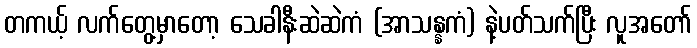
တကယ့် လက်တွေ့မှာတော့ သေခါနီးဆဲဆဲကံ (အာသန္နကံ) နဲ့ပတ်သက်ပြီး လူအတော်